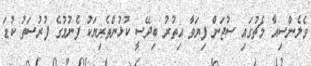
ވެލެންސިއާ މެޗުގައި ސުޖަން ފިޔަވާ އިތުރު ބިދޭސީ ކުޅުންތެރިޔަކު ފެނުމުގެ ފުރުސަތު ކުޑަ